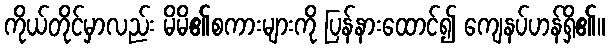
ကိုယ်တိုင်မှာလည်း မိမိ၏စကားများကို ပြန်နားထောင်၍ ကျေနပ်ဟန်ရှိ၏။